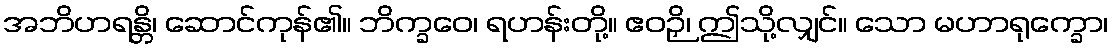
အဘိဟရန္တိ၊ ဆောင်ကုန်၏။ ဘိက္ခဝေ၊ ရဟန်းတို့။ ဧဝဉှိ၊ ဤသို့လျှင်။ သော မဟာရုက္ခော၊